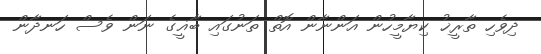
ދިވެހި ތާރީޚު ކިޔާމީހުން އަންނާން އޮތް ތަނުގައި ބާޣީގެ ނަން ވެސް ހަނދާން